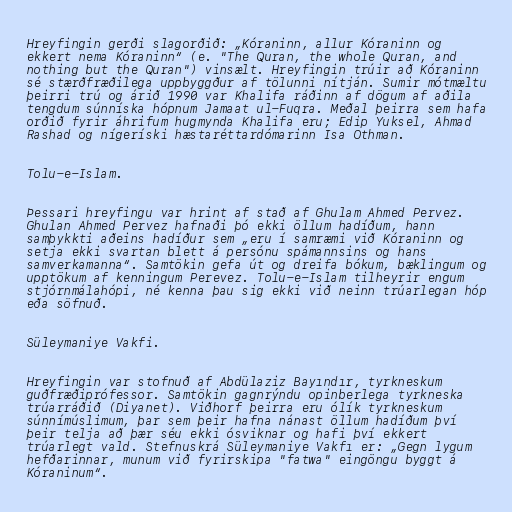
Hreyfingin gerði slagorðið: „Kóraninn, allur Kóraninn og
ekkert nema Kóraninn“ (e. "The Quran, the whole Quran, and
nothing but the Quran") vinsælt. Hreyfingin trúir að Kóraninn
sé stærðfræðilega uppbyggður af tölunni nítján. Sumir mótmæltu
þeirri trú og árið 1990 var Khalifa ráðinn af dögum af aðila
tengdum súnníska hópnum Jamaat ul-Fuqra. Meðal þeirra sem hafa
orðið fyrir áhrifum hugmynda Khalifa eru; Edip Yuksel, Ahmad
Rashad og nígeríski hæstaréttardómarinn Isa Othman.

Tolu-e-Islam.

Þessari hreyfingu var hrint af stað af Ghulam Ahmed Pervez.
Ghulan Ahmed Pervez hafnaði þó ekki öllum hadíðum, hann
samþykkti aðeins hadíður sem „eru í samræmi við Kóraninn og
setja ekki svartan blett á persónu spámannsins og hans
samverkamanna“. Samtökin gefa út og dreifa bókum, bæklingum og
upptökum af kenningum Perevez. Tolu-e-Islam tilheyrir engum
stjórnmálahópi, né kenna þau sig ekki við neinn trúarlegan hóp
eða söfnuð.

Süleymaniye Vakfi.

Hreyfingin var stofnuð af Abdülaziz Bayındır, tyrkneskum
guðfræðiprófessor. Samtökin gagnrýndu opinberlega tyrkneska
trúarráðið (Diyanet). Viðhorf þeirra eru ólík tyrkneskum
súnnímúslimum, þar sem þeir hafna nánast öllum hadíðum því
þeir telja að þær séu ekki ósviknar og hafi því ekkert
trúarlegt vald. Stefnuskrá Süleymaniye Vakfı er: „Gegn lygum
hefðarinnar, munum við fyrirskipa "fatwa" eingöngu byggt á
Kóraninum“.